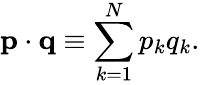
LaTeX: \mathbf{p}\cdot\mathbf{q}\equiv\sum_{k=1}^{N}p_{k}q_{k}.